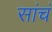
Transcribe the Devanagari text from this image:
सांचं